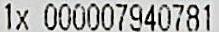
1X 000007940781